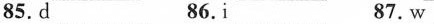
85. d 86.i 87. w